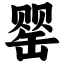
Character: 罂